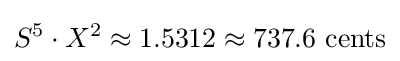
S^{5}\cdot X^{2}\approx 1.5312\approx 737.6{\text{ cents}}